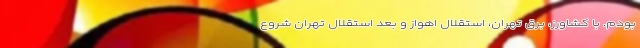
بودم. با کشاورز، برق تهران، استقلال اهواز و بعد استقلال تهران شروع